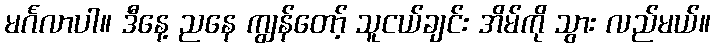
မင်္ဂလာပါ။ ဒီနေ့ ညနေ ကျွန်တော့် သူငယ်ချင်း အိမ်ကို သွား လည်မယ်။